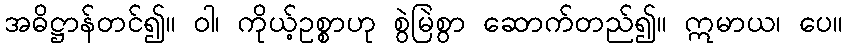
အဓိဋ္ဌာန်တင်၍။ ဝါ၊ ကိုယ့်ဥစ္စာဟု စွဲမြဲစွာ ဆောက်တည်၍။ ဣမာယ၊ ပေ။